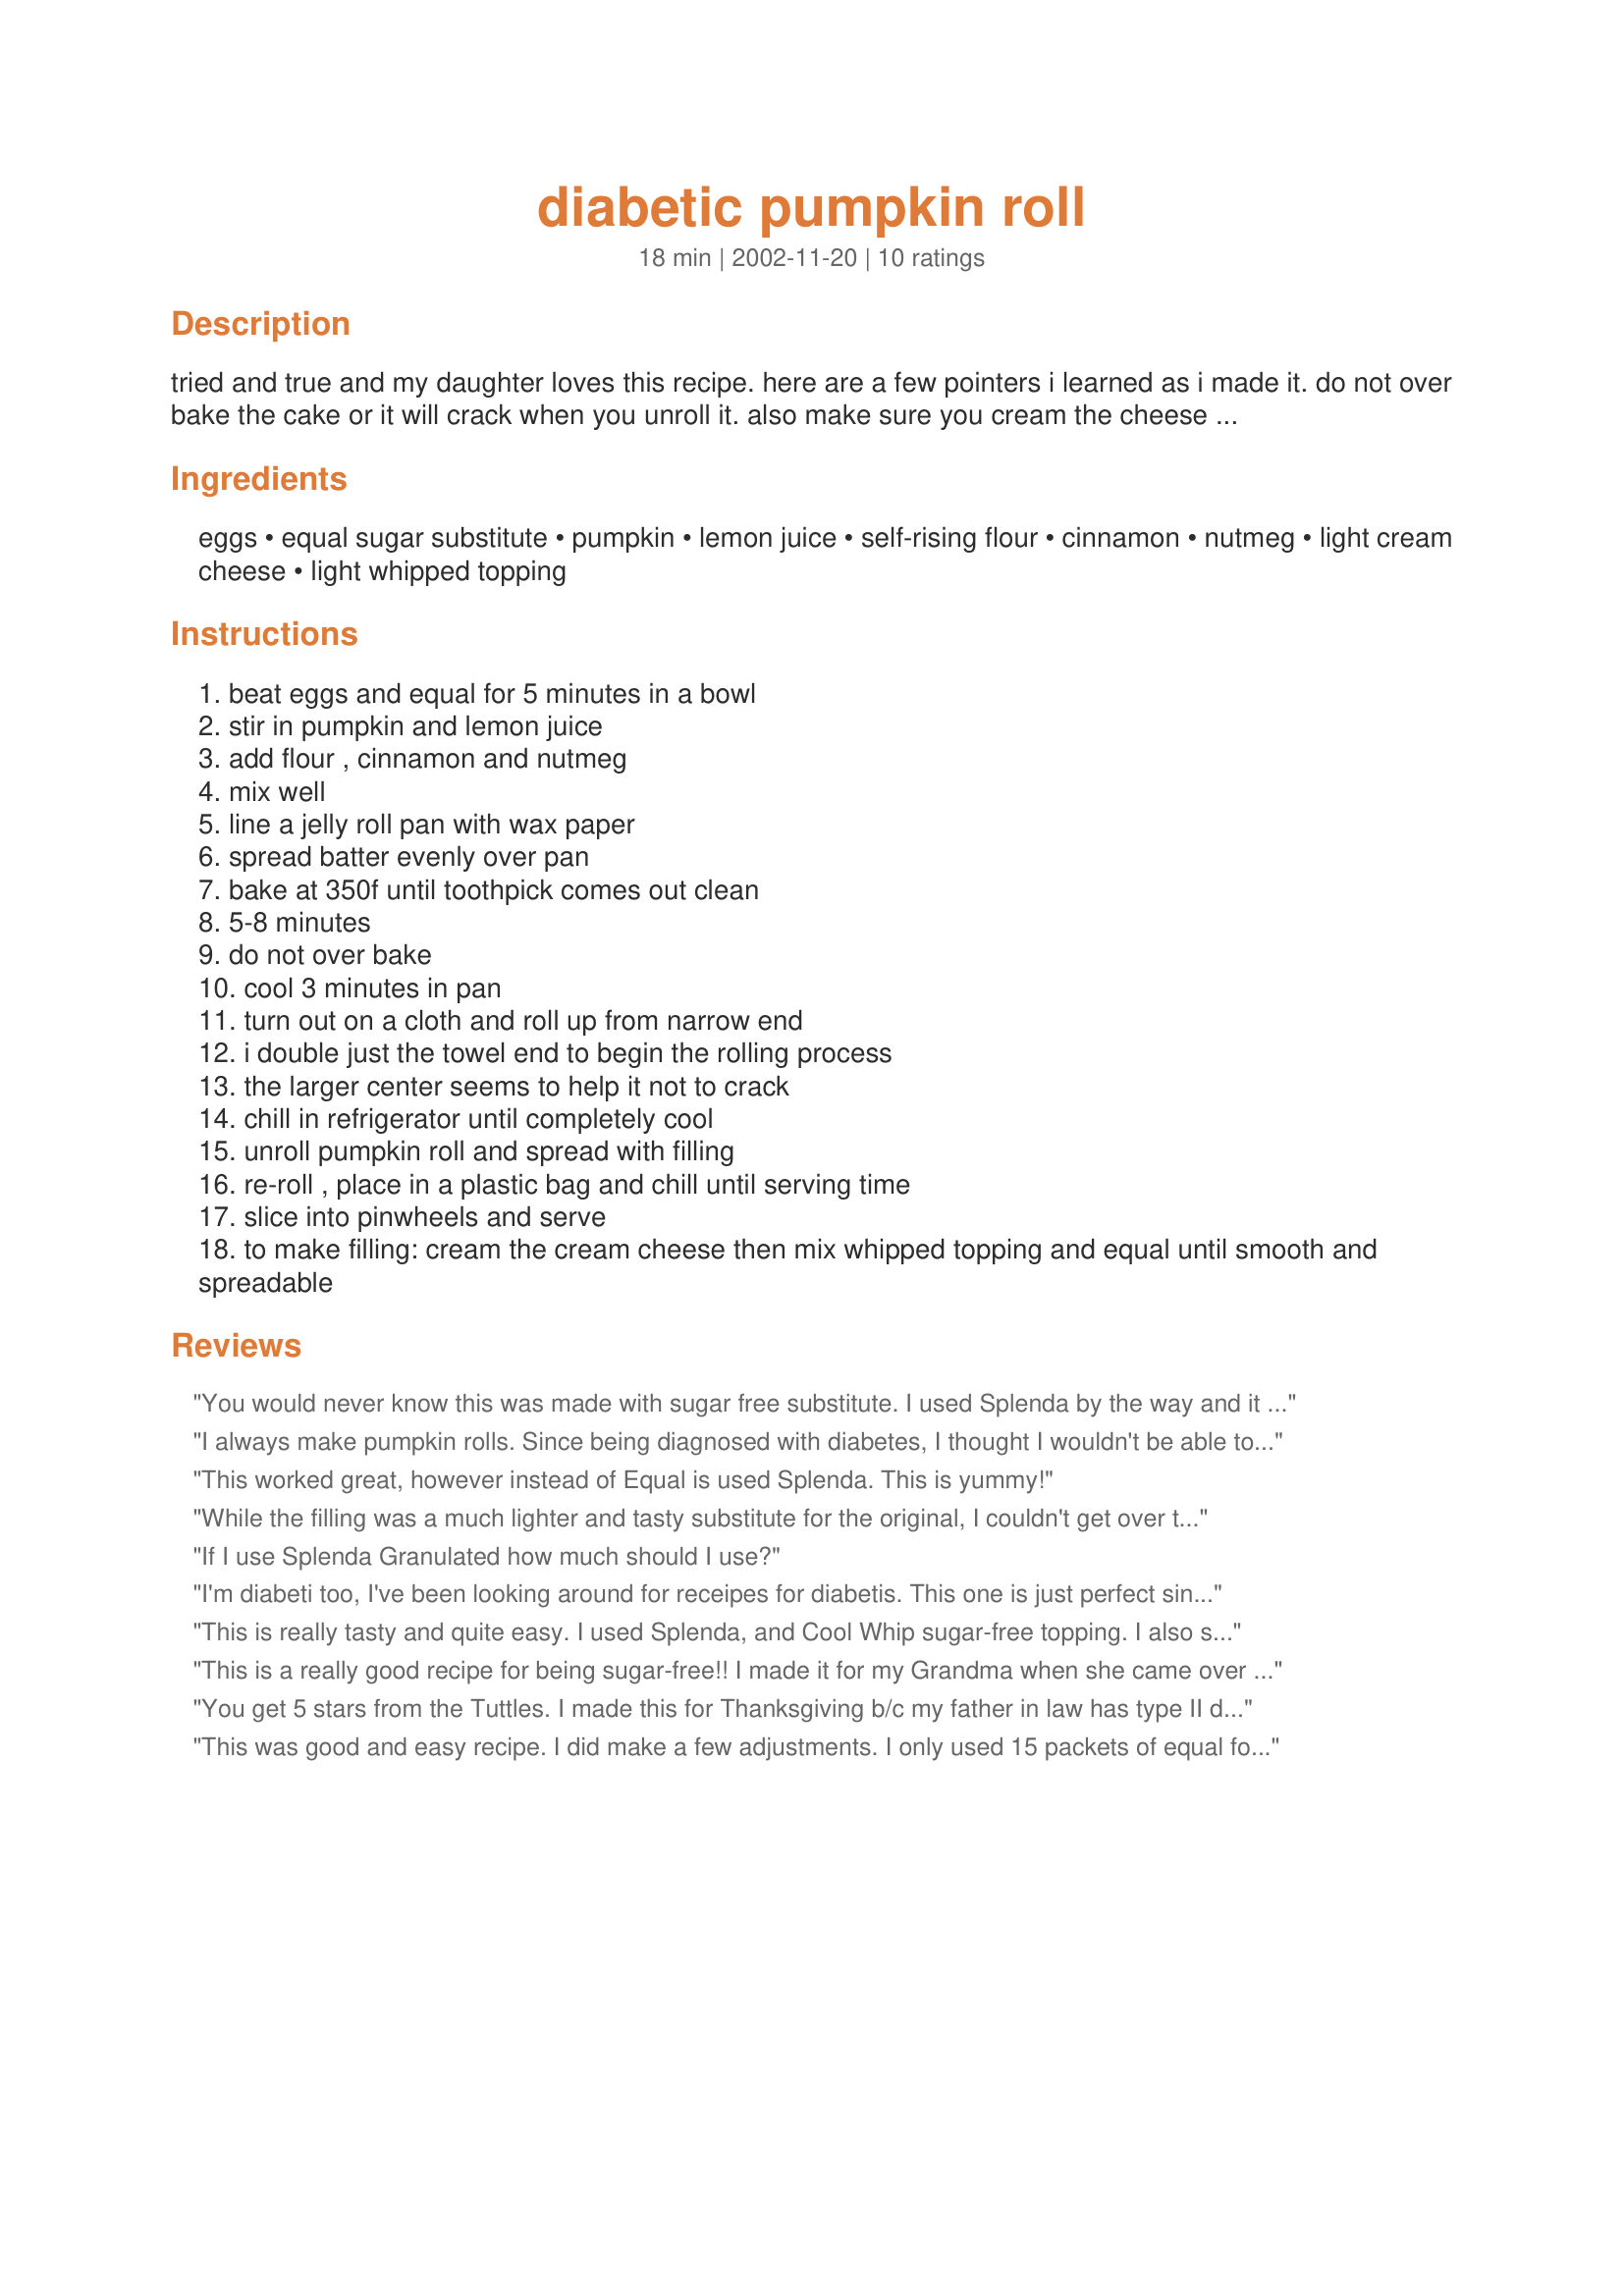
diabetic pumpkin roll
Preparation time: 18 minutes

tried and true and my daughter loves this recipe. here are a few pointers i learned as i made it. do not over bake the cake or it will crack when you unroll it. also make sure you cream the cheese first so there are no lumps in the filling. anw0792 requested a pumpkin roll recipe for diabetics and then 1steve found the link for it. i dug out my copy of the recipe to post, so others could use it and also adding my tips/changes. this recipe is originally by betty hale of arkansas; she won 3rd place with it in the "sweet as can be" recipe contest by equal.

Ingredients:
eggs, equal sugar substitute, pumpkin, lemon juice, self-rising flour, cinnamon, nutmeg, light cream cheese, light whipped topping

Steps:
beat eggs and equal for 5 minutes in a bowl
stir in pumpkin and lemon juice
add flour , cinnamon and nutmeg
mix well
line a jelly roll pan with wax paper
spread batter evenly over pan
bake at 350f until toothpick comes out clean
5-8 minutes
do not over bake
cool 3 minutes in pan
turn out on a cloth and roll up from narrow end
i double just the towel end to begin the rolling process
the larger center seems to help it not to crack
chill in refrigerator until completely cool
unroll pumpkin roll and spread with filling
re-roll , place in a plastic bag and chill until serving time
slice into pinwheels and serve
to make filling: cream the cream cheese then mix whipped topping and equal until smooth and spreadable

Reviews:
You would never know this was made with sugar free substitute. I used Splenda by the way and it worked perfectly! The whole family had some and everyone loved it!
I always make pumpkin rolls. Since being diagnosed with diabetes, I thought I wouldn't be able to enjoy them anymore. However, this one is great. I made it for Thanks giving. The family loves it. I really like the fact that the filling is lighter and less sweet than the ones I make with powdered sugar.
This worked great, however instead of Equal is used Splenda. This is yummy!
While the filling was a much lighter and tasty substitute for the original, I couldn't get over the texture of the roll itself. It was just too gummy for my taste.
If I use Splenda Granulated how much should I use?
I'm diabeti too, I've been looking around for receipes for diabetis. This one is just perfect since I have lots of pumkins in my backyard. I only found out a couple of yrs ago that I had diabetics, so this is all rather new for me. Thank-you Charllote for sharring you receipe.
This is really tasty and quite easy. I used Splenda, and Cool Whip sugar-free topping. I also subbed 1 cup all-purpose flour and 1 1/2 tsp. baking powder for the self-rising flour (too much added sodium in self-rising). I need to get a larger jelly roll pan though. My cake was a little too thick to get enough roll in it, but sure tasted good. I will be making this again!
This is a really good recipe for being sugar-free!! I made it for my Grandma when she came over for Thanksgiving and she really liked it! Other people ate it too!
You get 5 stars from the Tuttles. I made this for Thanksgiving b/c my father in law has type II diabetes and needs to watch his sugar intake. Everyone ate this (all non-diabetics) and raved at how good it tasted and no one could tell it was diabetic. One reviewer commented that it was too gummy for her, however I guess mine did not come out gummy, it was just perfect. Thanks so much for posting this!
This was good and easy recipe. I did make a few adjustments. I only used 15 packets of equal for the cake and will probably cut it back to 10-12 when I make it again. For the filling, I used only 1 packet instead of the 3 called for. I also didn't have self-rising flour, so, I used 1.5 tsp baking powder, 1 tsp salt and enough flour to equal a cup in it's place and it worked out just fine! I made this for a meal I hosted and got several requests for the recipe! Thanks for posting, CharlotteJ!
